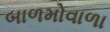
બાળમોવાળા